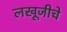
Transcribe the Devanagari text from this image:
लखूजीचे